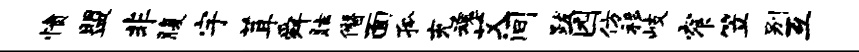
愤盟非腹宇茸舜眩僭面孤充魂艾间跋园仿移岐窄笠别互